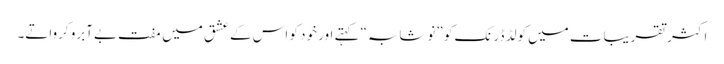
اکثر تقریبات میں کولڈ ڈرنک کو ”نوشابہ“ کہتے اور خود کو اس کے عشق میں مفت بےآبرو کرواتے۔